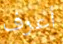
أعرف